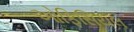
ઓફિસિયલ